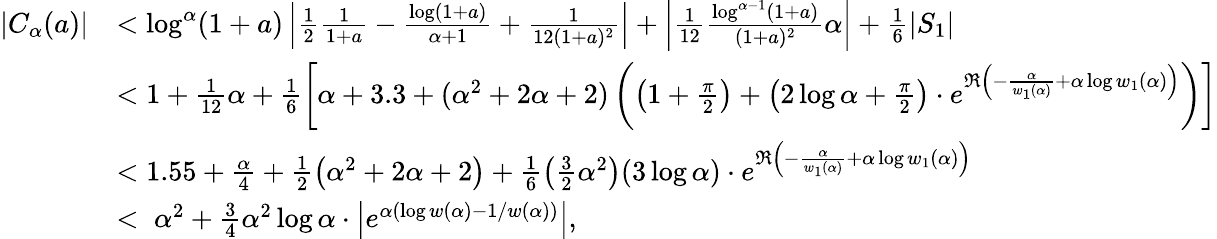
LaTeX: \begin{array}{rl}{|C_{\alpha}(a)|}&{<\log^{\alpha}(1+a)\left|\frac{1}{2}\frac{1}{1+a}-\frac{\log(1+a)}{\alpha+1}+\frac{1}{12(1+a)^{2}}\right|+\left|\frac{1}{12}\frac{\log^{\alpha-1}(1+a)}{(1+a)^{2}}\alpha\right|+\frac{1}{6}|S_{1}|}\\ &{<1+\frac{1}{12}\alpha+\frac{1}{6}\left[\alpha+3.3+(\alpha^{2}+2\alpha+2)\left(\left(1+\frac{\pi}{2}\right)+\left(2\log\alpha+\frac{\pi}{2}\right)\cdot e^{\Re\left(-\frac{\alpha}{w_{1}(\alpha)}+\alpha\log w_{1}(\alpha)\right)}\right)\right]}\\ &{<1.55+\frac{\alpha}{4}+\frac{1}{2}\left(\alpha^{2}+2\alpha+2\right)+\frac{1}{6}\left(\frac{3}{2}\alpha^{2}\right)(3\log\alpha)\cdot e^{\Re\left(-\frac{\alpha}{w_{1}(\alpha)}+\alpha\log w_{1}(\alpha)\right)}}\\ &{<\; \alpha^{2}+\frac{3}{4}\alpha^{2}\log\alpha\cdot\left|e^{\alpha(\log w(\alpha)-1/w(\alpha))}\right|,}\end{array}